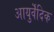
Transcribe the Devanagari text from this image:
आयुर्वॆदिक